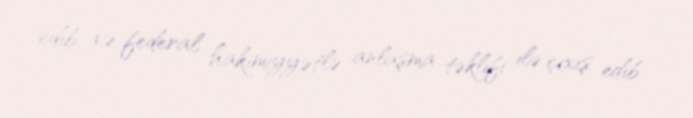
edib və federal hakimiyyətlə anlaşma təklifi ilə çıxış edib.